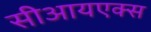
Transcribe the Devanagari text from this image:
सीआयएक्स